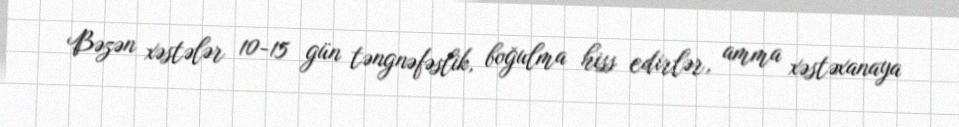
Bəzən xəstələr 10-15 gün təngnəfəslik, boğulma hiss edirlər, amma xəstəxanaya